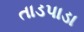
તાડપાડા